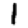
Digit: 1